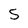
Character: 5